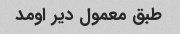
طبق معمول دیر اومد